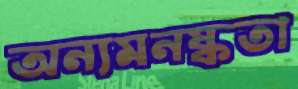
অন্যমনষ্কতা